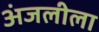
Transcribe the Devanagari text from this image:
अंजलीला